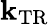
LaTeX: \mathbf{k}_{\mathrm{{TR}}}